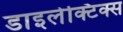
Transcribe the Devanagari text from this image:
डाइलेक्टिक्स